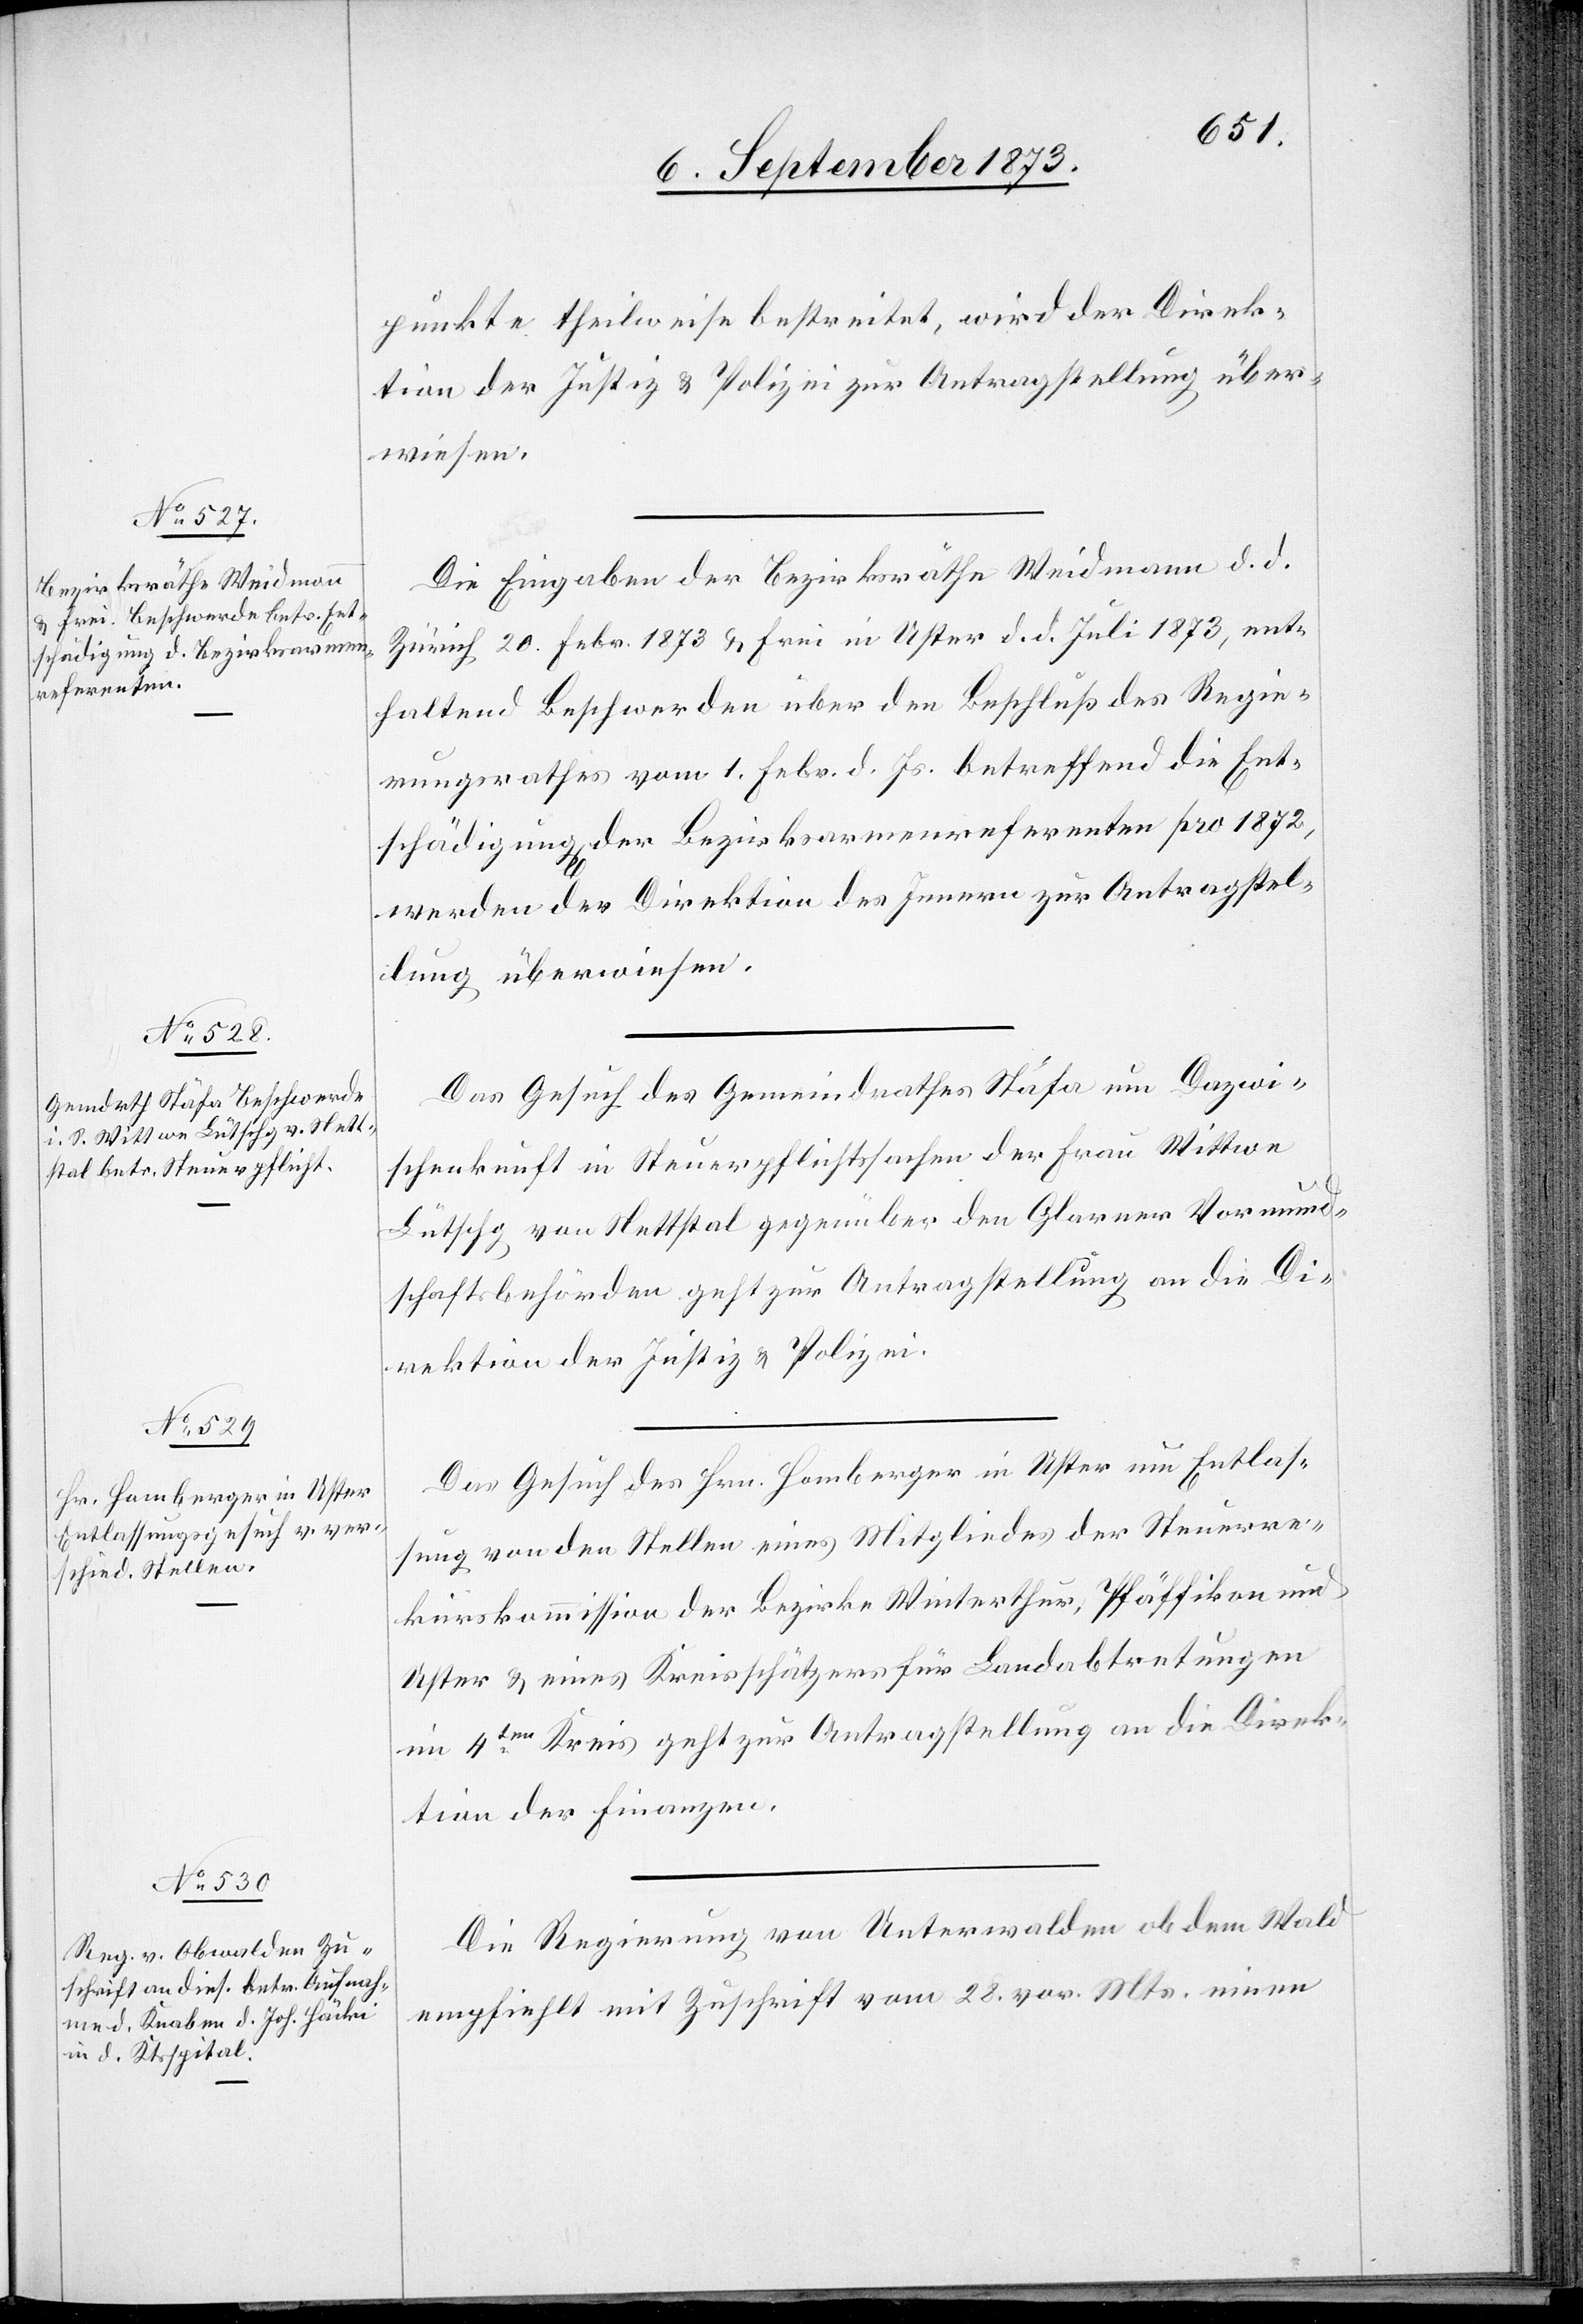
6. September 1873.]
punkte theilweise bestreitet, wird der Direk¬
tion der Justiz & Polizei zur Antragstellung über¬
wiesen.
Die Eingaben der Bezirksräthe Weidmann d. d.
Zürich 20. Febr. 1873 & Frei in Uster d. d. Juli 1873, ent¬
haltend Beschwerden über den Beschluß des Regie¬
rungsrathes vom 1. Febr. d. Js. betreffend die Ent¬
schädigung der Bezirksarmenreferenten pro 1872,
werden der Direktion des Innern zur Antragstel¬
lung überwiesen.
Das Gesuch des Gemeindrathes Stäfa um Dazwi¬
schenkunft in Steuerpflichtssachen der Frau Wittwe
Lütschg von Nettstal gegenüber den Glarner Vormund¬
schaftsbehörden geht zur Antragstellung an die Di¬
rektion der Justiz & Polizei.
Das Gesuch des Hrn. Homberger in Uster um Entlas¬
sung von den Stellen eines Mitgliedes der Steuerre¬
kurskommission der Bezirke Winterthur, Pfäffikon und
Uster & eines Kreisschätzers für Landabtretungen
im 4ten Kreis geht zur Antragstellung an die Direk¬
tion der Finanzen.
Die Regierung von Unterwalden ob dem Wald
empfiehlt mit Zuschrift vom 28. vor. Mts. einen